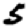
Digit: 5